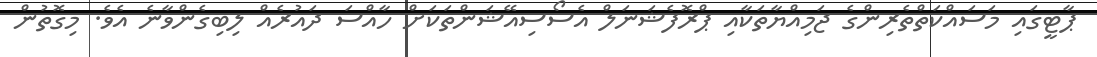
ޕާޓީގައި މަސައްކަތްތެރިންގެ ޖަމިއްޔާތަކާއި ޕްރޮފެޝަނަލް އެސޯސިއޭޝަަންތަކަށް ހާއްސަ ދައުރެއް ލިބިގެންވާނެ އެވެ. މިގޮތުން